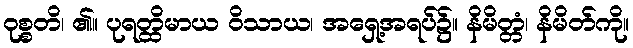
ဝုစ္စတိ၊ ၏။ ပုရတ္ထိမာယ ဝိသာယ၊ အရှေ့အရပ်၌။ နိမိတ္တံ၊ နိမိတ်ကို။